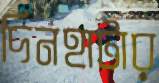
দিনহাটার